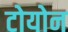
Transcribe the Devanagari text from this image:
टोयोन